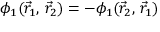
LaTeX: \phi _ { 1 } ( { \vec { r } } _ { 1 } , \, { \vec { r } } _ { 2 } ) = - \phi _ { 1 } ( { \vec { r } } _ { 2 } , \, { \vec { r } } _ { 1 } )